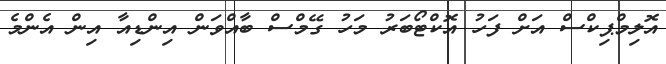
އޮލިމްޕިކްސް އަށް ފަހު އޮކްޓޯބަރު މަހު ގޭމްސް ބާއްވަން އިންޑިއާ އިން އެންމެ